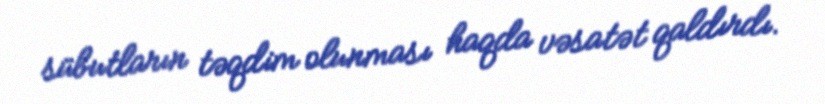
sübutların təqdim olunması haqda vəsatət qaldırdı.